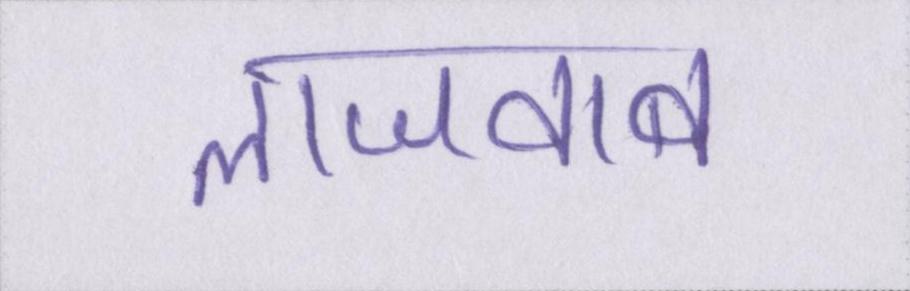
लाजवाब